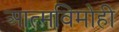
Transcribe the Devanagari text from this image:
आत्मविमोही